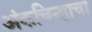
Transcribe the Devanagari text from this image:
अंकचिन्हाचा